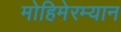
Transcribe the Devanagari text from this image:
मोहिमेरम्यान